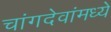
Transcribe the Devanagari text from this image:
चांगदेवांमध्ये